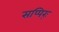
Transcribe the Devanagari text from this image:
सप्पिर्ः